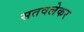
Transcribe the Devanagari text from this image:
सतवलेकर